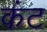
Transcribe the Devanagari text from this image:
कंट